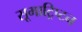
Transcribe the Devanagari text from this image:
सूमाट्रिप्टन